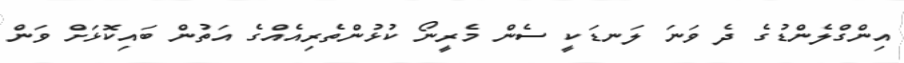
އިންގްލެންޑުގެ ދެ ވަނަ ލަނޑަކީ ސެން މެރީނޯ ކުޅުންތެރިއެއްގެ އަތުން ބައިކޮޅަށް ވަން